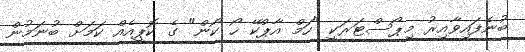
ބުނެފައިވާއިރު މިޕޯސްޓަރަކީ "ހަމް އާޕްކޭ ހޯ ކޯން" ގެ ކޮޕީއެއް ކަމަށް ބުނަމުން